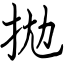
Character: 拋